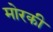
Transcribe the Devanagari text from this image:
मोरकी